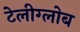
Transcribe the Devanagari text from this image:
टेलीग्लोब